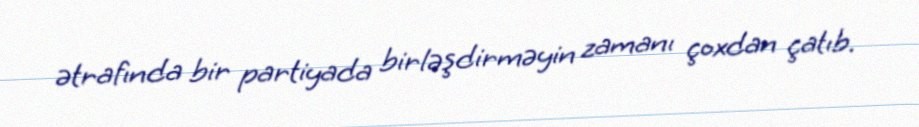
ətrafında bir partiyada birləşdirməyin zamanı çoxdan çatıb.